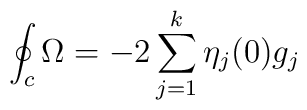
\oint_c\Omega=-2\sum_{j=1}^{k}\eta_j(0)g_j